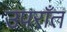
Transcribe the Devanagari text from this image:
उपराँत